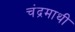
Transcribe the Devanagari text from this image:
चंद्रमाथी